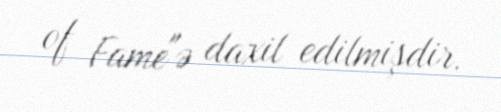
of Fame"ə daxil edilmişdir.